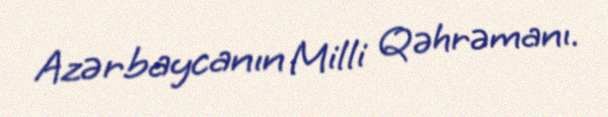
Azərbaycanın Milli Qəhrəmanı.